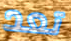
تعد